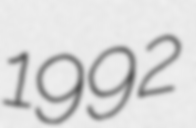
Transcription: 1992